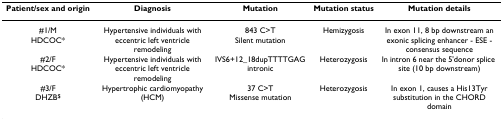
| Patient/sex and origin | Diagnosis | Mutation | Mutation status | Mutation details |
 | --- | --- | --- | --- | --- |
 | #1/MHDCOC* | Hypertensive individuals with eccentric left ventricle remodeling | 843 C>TSilent mutation | Hemizygosis | In exon 11, 8 bp downstream an exonic splicing enhancer - ESE - consensus sequence |
 | #2/FHDCOC* | Hypertensive individuals with eccentric left ventricle remodeling | IVS6+12_18dupTTTTGAGintronic | Heterozygosis | In intron 6 near the 5'donor splice site (10 bp downstream) |
 | #3/FDHZB$ | Hypertrophic cardiomyopathy (HCM) | 37 C>TMissense mutation | Heterozygosis | In exon 1, causes a His13Tyr substitution in the CHORD domain |